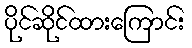
ပိုင်ဆိုင်ထားကြောင်း